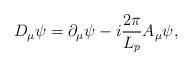
LaTeX: \begin{align*}D_\mu \psi =\partial _\mu \psi -i\frac{2\pi }{L_p}A_\mu \psi ,\end{align*}